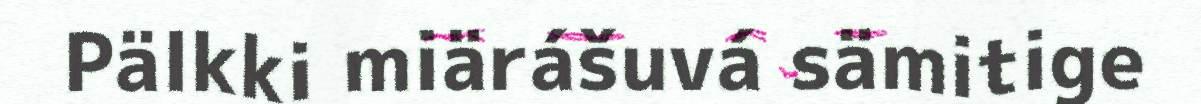
Pälkki miärášuvá sämitige